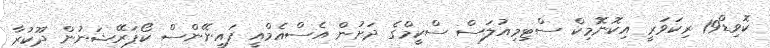
ކޮވިޑް19 ރިކަވަރީ އިކޮނޮމިކް ސްޓިމިއުލަސް ސްކީމްގެ ދަށުން އެސްއެމްއީ ފައިނޭންސް ކޯޕަރޭޝަނުން ދޫކުރާ